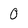
Character: 0